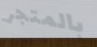
بالمتجر